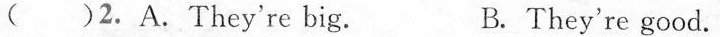
( )2.A.They're big. B. They're good.